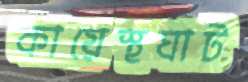
কায়েস্থঘাট